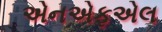
એનએફએલ